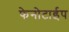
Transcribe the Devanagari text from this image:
फेनोटाईप